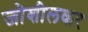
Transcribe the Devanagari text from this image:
जोशीलकर